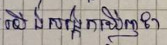
យើងសង្កេតឃើញថា